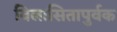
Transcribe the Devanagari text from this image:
विलासितापुर्वक